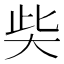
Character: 𡘌